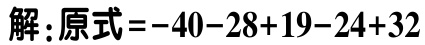
解：原式\(=-40 - 28 + 19 - 24 + 32\)